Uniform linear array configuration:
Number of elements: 64
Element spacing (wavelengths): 1
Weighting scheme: kaiser
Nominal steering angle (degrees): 60
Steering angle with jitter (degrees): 59.694
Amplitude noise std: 0.05
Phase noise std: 0.05

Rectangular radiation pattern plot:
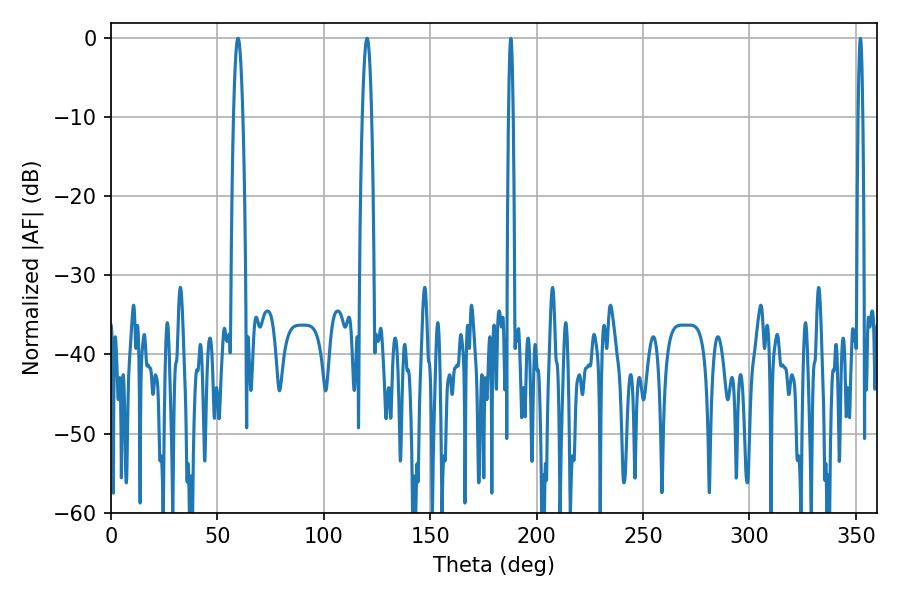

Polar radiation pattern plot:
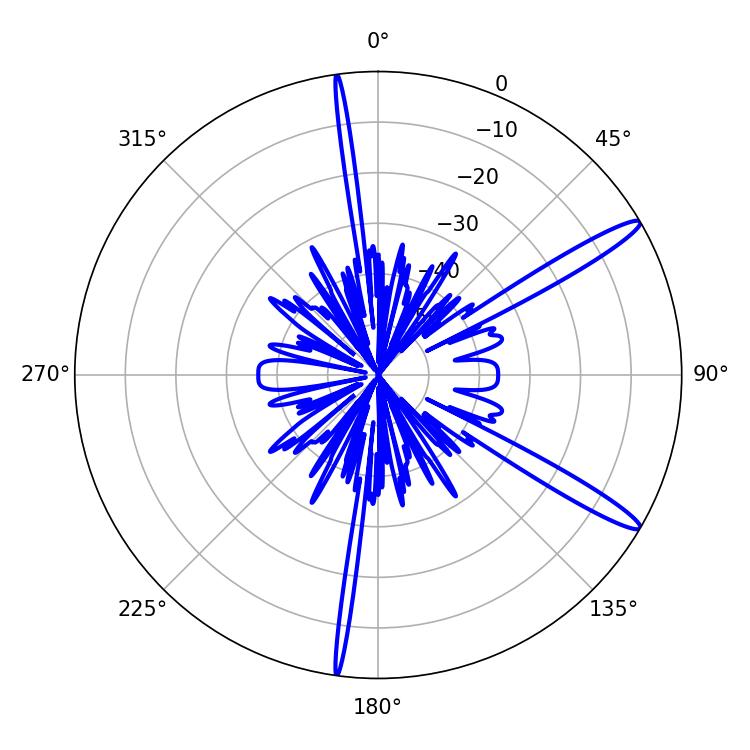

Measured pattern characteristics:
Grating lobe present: TRUE
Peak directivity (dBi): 14.362
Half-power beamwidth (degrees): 2.34
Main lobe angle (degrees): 59.76